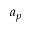
a _ { p }